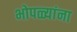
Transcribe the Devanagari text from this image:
भोपळ्यांना